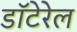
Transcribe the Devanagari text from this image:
डॉटेरेल